Indian journal of veterinary science and animal husbandry - Volumes 18-21, 1948-1951
Year: 1948
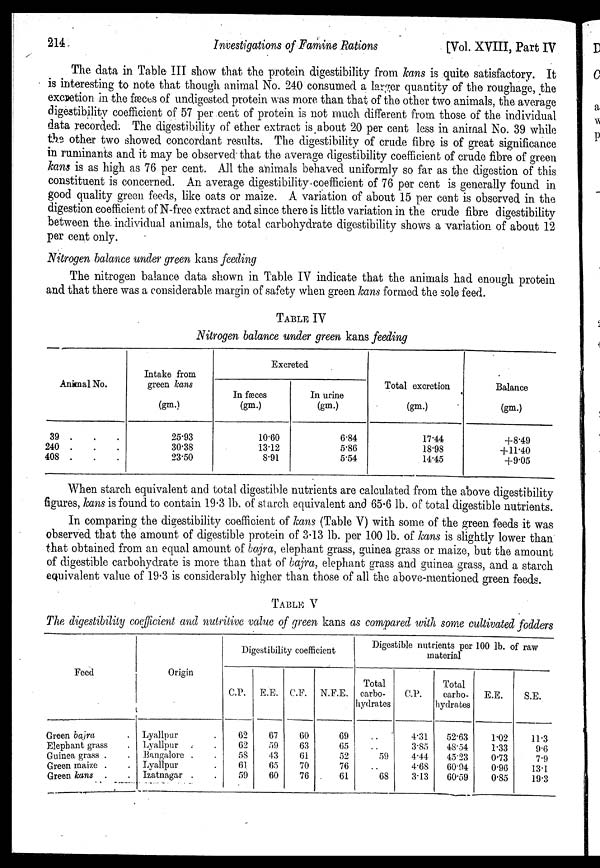
214
Investigations of Famine Rations
[Vol. XVIII, Part IV
The data in Table III show that the protein digestibility from kans is quite satisfactory. It
is interesting to note that though animal No. 240 consumed a larger quantity of the roughage, the
excretion. in the fæces of undigested protein was more than that of the other two animals, the average
digestibility coefficient of 57 per cent of protein is not much different from those of the individual
data recorded. The digestibility of ether extract is about 20 per cent less in animal No. 39 while
the other two showed concordant results. The digestibility of crude fibre is of great significance
in ruminants and it may be observed that the average digestibility coefficient of crude fibre of green
kans is as high as 76 per cent. All the animals behaved uniformly so far as the digestion of this
constituent is concerned. An average digestibility coefficient of 76 per cent is generally found in
good quality green feeds, like oats or maize. A variation of about 15 per cent is observed in the
digestion coefficient of N-free extract and since there is little variation in the crude fibre digestibility
between the individual animals, the total carbohydrate digestibility shows a variation of about 12
per cent only.
Nitrogen balance under green kans feeding
The nitrogen balance data shown in Table IV indicate that the animals had enough protein
and that there was a considerable margin of safety when green kans formed the sole feed.
TABLE IV
Nitrogen balance under green kans feeding
Animal No.
39 . . .
240 . . .
408 . . .
Intake from
green kans
(gm.)
25.93
30.38
23.50
Excreted
In fæces
(gm.)
10.60
13.12
8.91
In urine
(gm.)
6.84
5.86
5.54
Total excretion
(gm.)
17.44
18.98
14.45
Balance
(gm.)
+8.49
+11.40
+9.05
When starch equivalent and total digestible nutrients are calculated from the above digestibility
figures, kans is found to contain 19.3 lb. of starch equivalent and 65.6 lb. of total digestible nutrients.
In comparing the digestibility coefficient of kans (Table V) with some of the green feeds it was
observed that the amount of digestible protein of 3.13 lb. per 100 lb. of kans is slightly lower than
that obtained from an equal amount of bajra, elephant grass, guinea grass or maize, but the amount
of digestible carbohydrate is more than that of bajra, elephant grass and guinea grass, and a starch
equivalent value of 19.3 is considerably higher than those of all the above-mentioned green feeds.
TABLE V
The digestibility coefficient and nutritive value of green kans as compared with some cultivated fodders
Feed
Green bajra .
Elephant grass .
Guinea grass . .
Green maize . .
Green kans . .
Origin
Lyallpur .
Lyallpur . .
Bangalore . .
Lyallpur .
Izatnagar . .
Digestibility coefficient
C.P.
62
62
58
61
59
E.E.
67
59
43
65
60
C.F.
60
63
61
70
76
N.F.E.
69
65
52
76
61
Digestible nutrients per 100 lb. of raw
material
Total
carbo-
hydrates
..
..
59
..
68
C.P.
4.31
3.85
4.44
4.68
3.13
Total
carbo-
hydrates
52.63
48.54
45.23
60.94
60.59
E.E.
1.02
1.33
0.73
0.96
0.85
S.E.
11.3
9.6
7.9
13.1
19.3